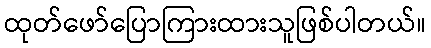
ထုတ်ဖော်ပြောကြားထားသူဖြစ်ပါတယ်။